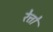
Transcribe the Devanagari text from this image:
रेत्तो